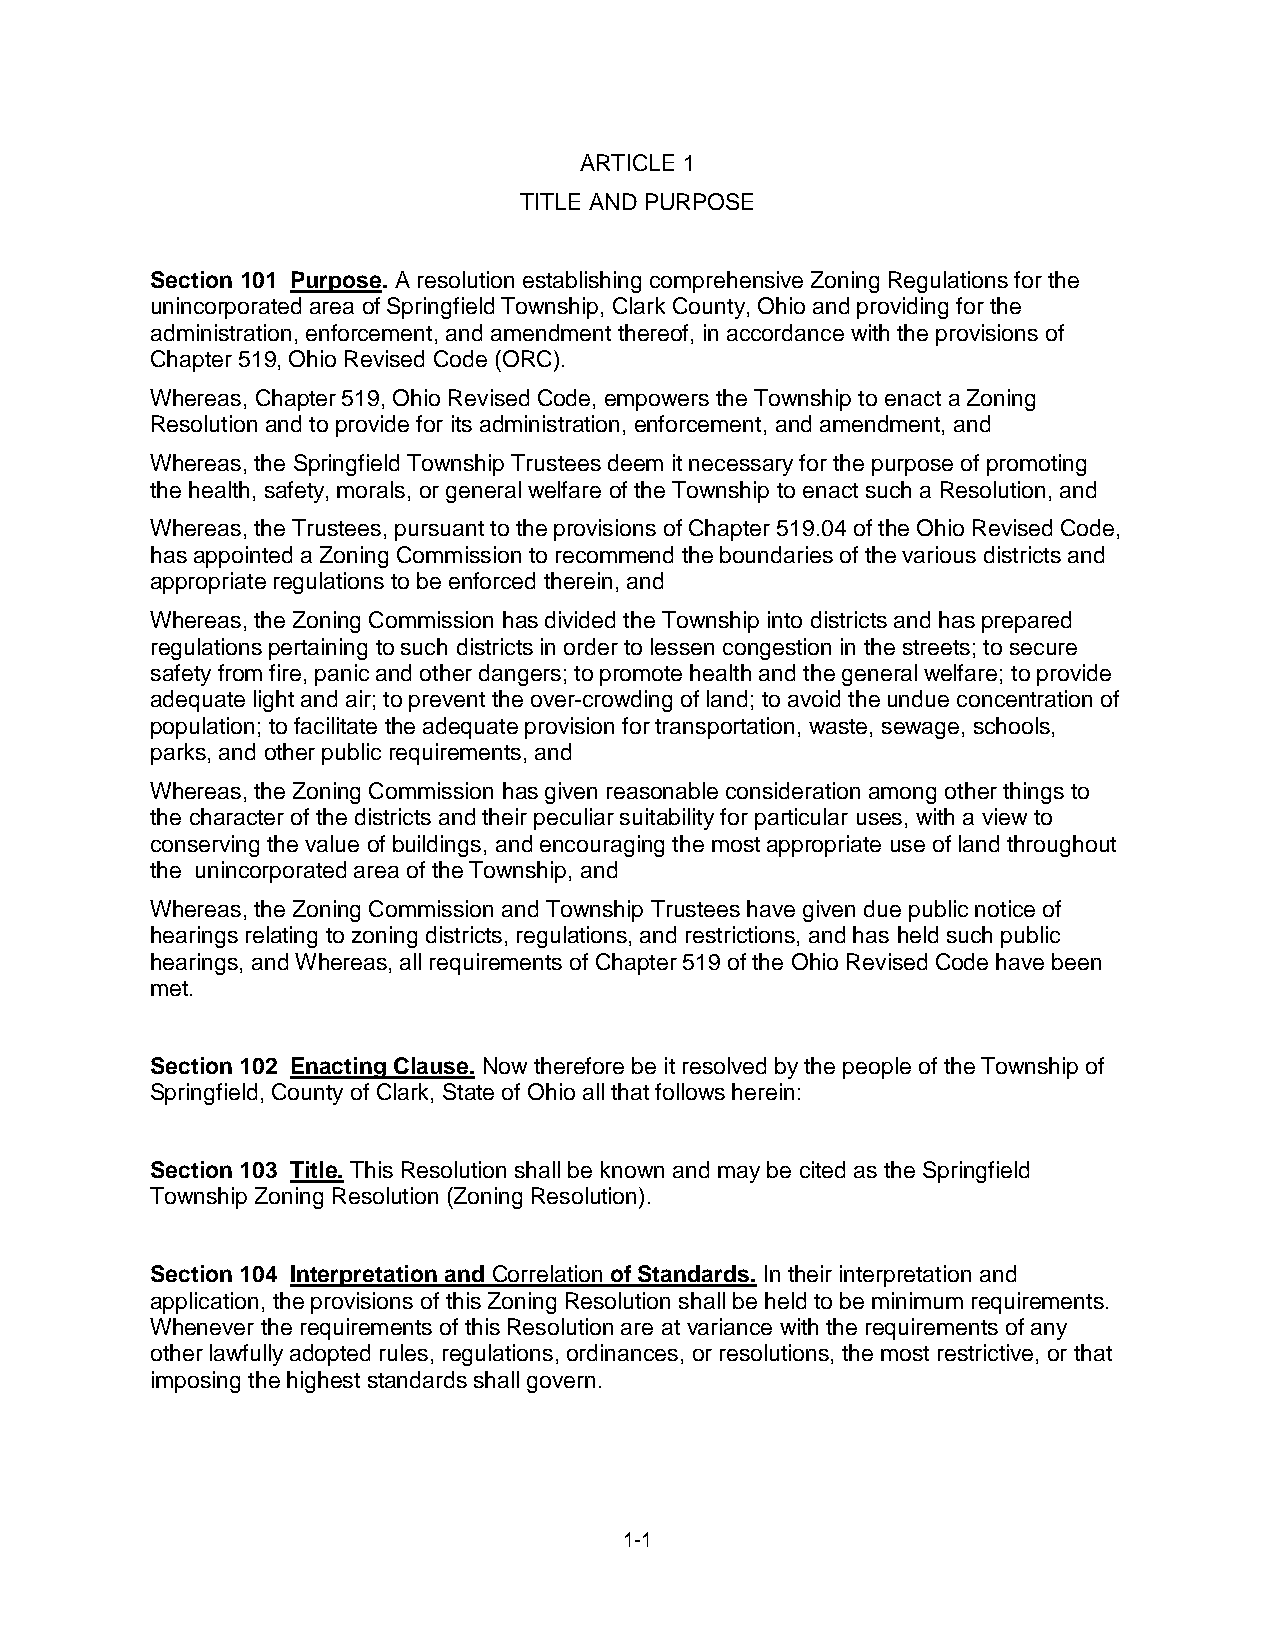
ARTICLE 1
 TITLE AND PURPOSE
 Section 101 Purpose. A resolution establishing comprehensive Zoning Regulations for the
 unincorporated area of Springfield Township, Clark County, Ohio and providing for the
 administration, enforcement, and amendment thereof, in accordance with the provisions of
 Chapter 519, Ohio Revised Code (ORC).
 Whereas, Chapter 519, Ohio Revised Code, empowers the Township to enact a Zoning
 Resolution and to provide for its administration, enforcement, and amendment, and
 Whereas, the Springfield Township Trustees deem it necessary for the purpose of promoting
 the health, safety, morals, or general welfare of the Township to enact such a Resolution, and
 Whereas, the Trustees, pursuant to the provisions of Chapter 519.04 of the Ohio Revised Code,
 has appointed a Zoning Commission to recommend the boundaries of the various districts and
 appropriate regulations to be enforced therein, and
 Whereas, the Zoning Commission has divided the Township into districts and has prepared
 regulations pertaining to such districts in order to lessen congestion in the streets; to secure
 safety from fire, panic and other dangers; to promote health and the general welfare; to provide
 adequate light and air; to prevent the over-crowding of land; to avoid the undue concentration of
 population; to facilitate the adequate provision for transportation, waste, sewage, schools,
 parks, and other public requirements, and
 Whereas, the Zoning Commission has given reasonable consideration among other things to
 the character of the districts and their peculiar suitability for particular uses, with a view to
 conserving the value of buildings, and encouraging the most appropriate use of land throughout
 the unincorporated area of the Township, and
 Whereas, the Zoning Commission and Township Trustees have given due public notice of
 hearings relating to zoning districts, regulations, and restrictions, and has held such public
 hearings, and Whereas, all requirements of Chapter 519 of the Ohio Revised Code have been
 met.
 Section 102 Enacting Clause. Now therefore be it resolved by the people of the Township of
 Springfield, County of Clark, State of Ohio all that follows herein:
 Section 103 Title. This Resolution shall be known and may be cited as the Springfield
 Township Zoning Resolution (Zoning Resolution).
 Section 104 Interpretation and Correlation of Standards. In their interpretation and
 application, the provisions of this Zoning Resolution shall be held to be minimum requirements.
 Whenever the requirements of this Resolution are at variance with the requirements of any
 other lawfully adopted rules, regulations, ordinances, or resolutions, the most restrictive, or that
 imposing the highest standards shall govern.
 1-1